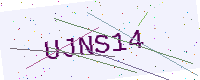
Text: UJNS14